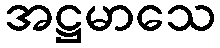
အဋ္ဌမာသေ